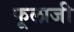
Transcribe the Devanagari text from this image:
फूलाजी